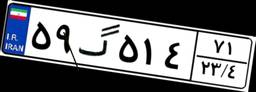
۵۹گ۵۱۴۷۱